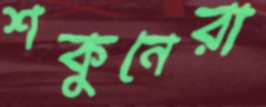
শকুনেরা